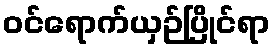
ဝင်ရောက်ယှဉ်ပြိုင်ရာ